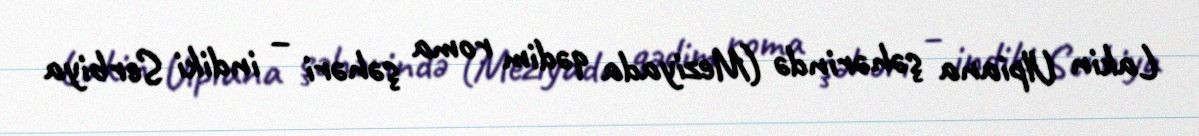
Lakin Ulpiana şəhərində (Meziyada qədim roma şəhəri – indiki Serbiya